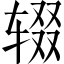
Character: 辍